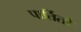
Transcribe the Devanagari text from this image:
पार्तितो